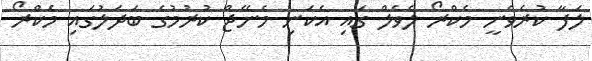
ލަފާ ކުރެވެނީ މެކްރޯ ލެވެލް ގައި އެކަނި މެނޭޖް ކުރުމުގެ ބަދަލުގައި މެކްރޯ